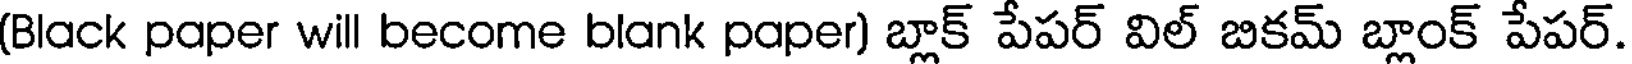
(Black paper will become blank paper) బ్లాక్ పేపర్ విల్ బికమ్ బ్లాంక్ పేపర్.